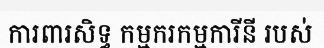
ការពារសិទ្ធ កម្មករកម្មការីនី របស់